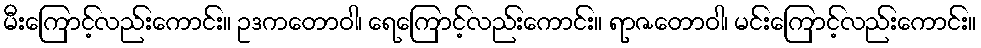
မီးကြောင့်လည်းကောင်း။ ဥဒကတောဝါ၊ ရေကြောင့်လည်းကောင်း။ ရာဇတောဝါ၊ မင်းကြောင့်လည်းကောင်း။